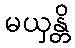
မယှန္တိ